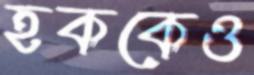
হককেও